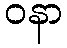
ဝနာ